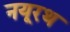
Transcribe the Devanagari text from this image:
नयूरथ